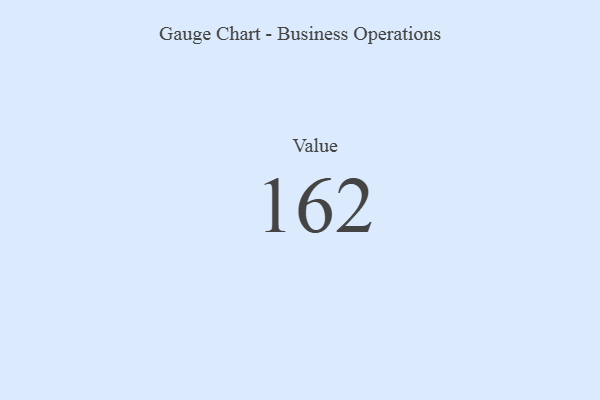
{"axis": {"x": "Metric", "y": "Value"}, "legend": [""], "data": [{"x": "Value", "y": 162, "type": ""}]}